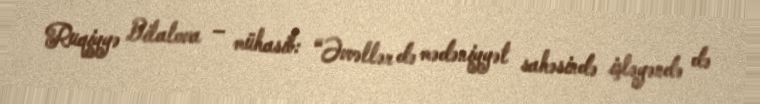
Ruqiyyə Bilalova – mühasib: “Əvvəllər də mədəniyyət sahəsində işləyəndə də